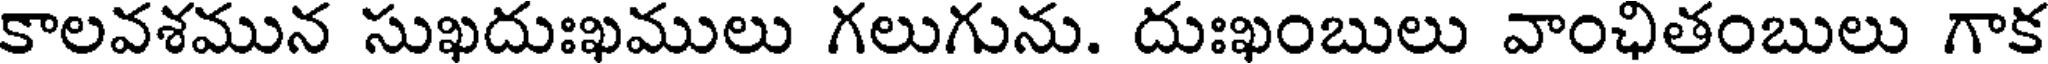
కాలవశమున సుఖదుఃఖములు గలుగును. దుఃఖంబులు వాంఛితంబులు గాక